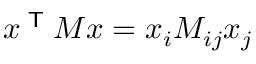
x ^ { \textsf { T } } M x = x _ { i } M _ { i j } x _ { j }